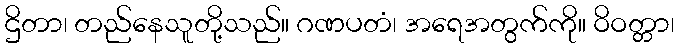
ဌိတာ၊ တည်နေသူတို့သည်။ ဂဏပတံ၊ အရေအတွက်ကို။ ဝိဝတ္တာ၊